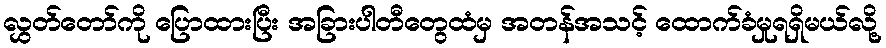
လွှတ်တော်ကို ပြောထားပြီး အခြားပါတီတွေထံမှ အတန်အသင့် ထောက်ခံမှုရရှိမယ်လို့